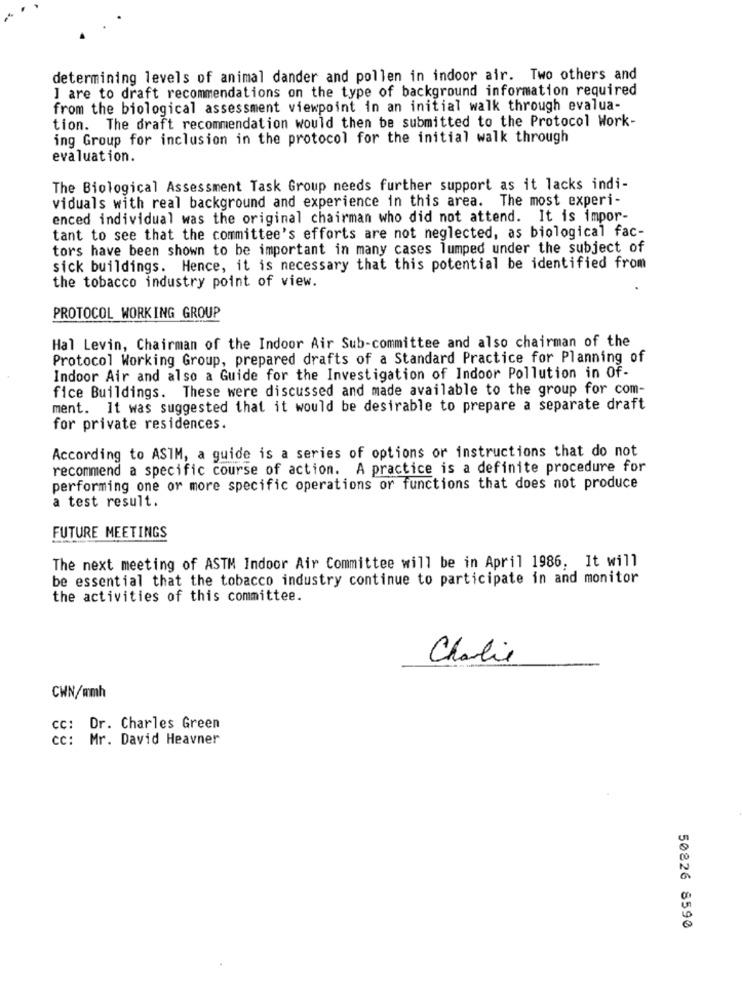
determining levels of animal dander and pollen in indoor air. Two others and
I are to draft recommendations on the type of background information required
from the biological assessment viewpoint in an initial walk through evalua-
tion. The draft recommendation would then be submitted to the Protocol Work-
ing Group for inclusion in the protocol for the initial walk through
evaluation.
The Biological Assessment Task Group needs further support as it lacks indi-
viduals with real background and experience in this area. The most experi-
enced individual was the original chairman who did not attend. It is impor-
tant to see that the committee's efforts are not neglected, as biological fac-
tors have been shown to be important in many cases lumped under the subject of
sick buildings. Hence, it is necessary that this potential be identified from
the tobacco industry point of view.
PROTOCOL WORKING GROUP
Hal Levin, Chairman of the Indoor Air Sub-committee and also chairman of the
Protocol Working Group, prepared drafts of a Standard Practice for Planning of
Indoor Air and also a Guide for the Investigation of Indoor Pollution in Of-
fice Buildings. These were discussed and made available to the group for com-
ment. It was suggested that it would be desirable to prepare a separate draft
for private residences.
According to ASTM, a guide is a series of options or instructions that do not
recommend a specific course of action. A practice is a definite procedure for
performing one or more specific operations or functions that does not produce
a test result.
FUTURE MEETINGS
The next meeting of ASTM Indoor Air Committee will be in April 1986, It will
be essential that the tobacco industry continue to participate in and monitor
the activities of this committee.
Charlie
CWN/mmh
CC: Dr. Charles Green
cc: Mr. David Heavner
50826 8590